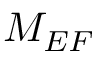
M _ { E F }